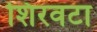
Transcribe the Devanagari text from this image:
शिरवटा